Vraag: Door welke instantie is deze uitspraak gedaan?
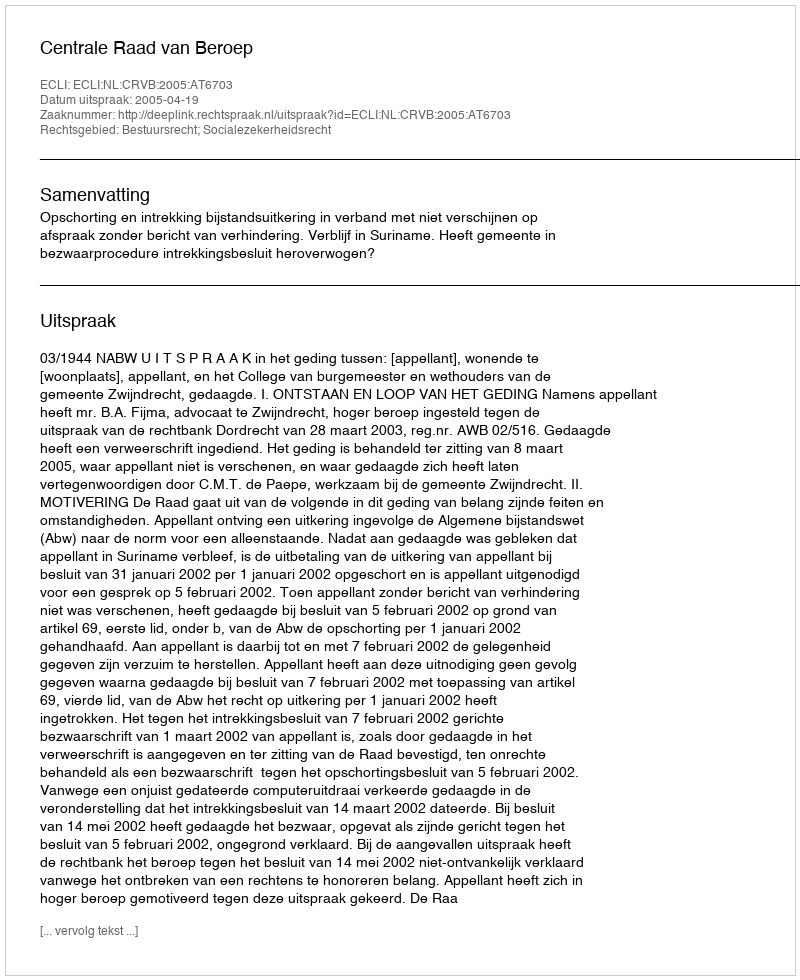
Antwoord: Centrale Raad van Beroep